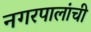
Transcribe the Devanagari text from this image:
नगरपालांची